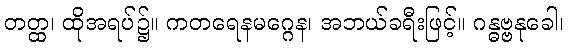
တတ္ထ၊ ထိုအရပ်၌။ ကတရေနမဂ္ဂေန၊ အဘယ်ခရီးဖြင့်။ ဂန္ဓဗ္ဗနုခေါ၊